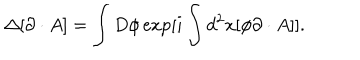
\Delta [ \partial \cdot A ] = \int D \phi \exp [ i \int d ^ { 2 } x [ \phi \partial \cdot A ] ] .